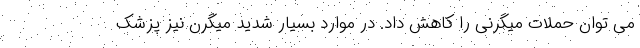
می توان حملات میگرنی را کاهش داد. در موارد بسیار شدید میگرن نیز پزشک